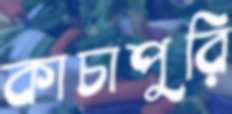
কাচাপুরি